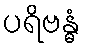
ပရိဗန္ဓံ